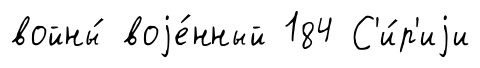
войны́ воjе́нный 184 С'и́р'иjи